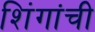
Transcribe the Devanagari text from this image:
शिंगांची